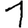
Digit: 1